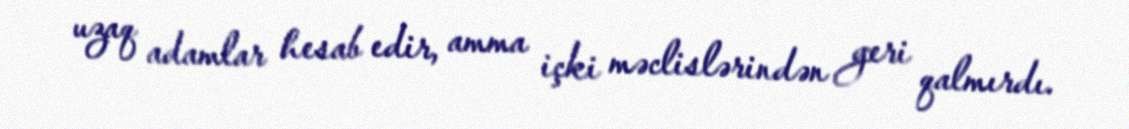
uzaq adamlar hesab edir, amma içki məclislərindən geri qalmırdı.